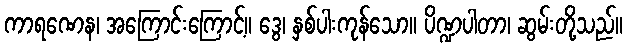
ကာရဏေန၊ အကြောင်းကြောင့်။ ဒွေ၊ နှစ်ပါးကုန်သော။ ပိဏ္ဍပါတာ၊ ဆွမ်းတို့သည်။